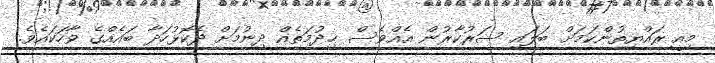
މިއީ ރައްޔިތުންކަމަށް ބަލައި ސަރުކާރުން އެއްވެސް ޚިދުމަތެއް ދިނުމަށް ދެކޮޅުހަދާ ބައެއްގެ ވާހަކައެވެ.